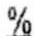
%